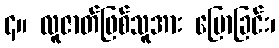
၄။ လူဇာတ်ဖြစ်သူအား ပြောခြင်း၊